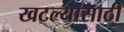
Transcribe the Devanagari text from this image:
खटल्यासाठी